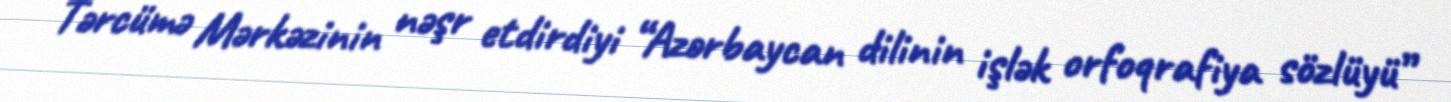
Tərcümə Mərkəzinin nəşr etdirdiyi “Azərbaycan dilinin işlək orfoqrafiya sözlüyü”